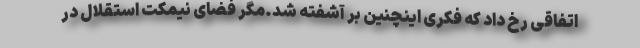
اتفاقی رخ داد که فکری اینچنین بر آشفته شد.مگر فضای نیمکت استقلال در